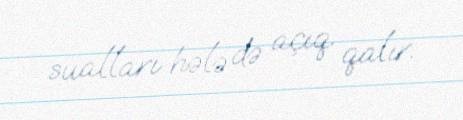
sualları hələ də açıq qalır.